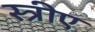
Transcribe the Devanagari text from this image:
स्त्रीए